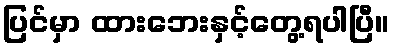
ပြင်မှာ ထားဘေးနှင့်တွေ့ရပါပြီ။